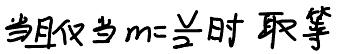
当且仅当$m = \frac{v}{2}$时 取等